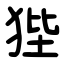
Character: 狴